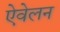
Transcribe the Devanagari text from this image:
ऐवेलन